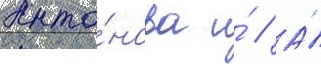
Анто́нова и́ // А́